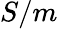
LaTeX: S/m